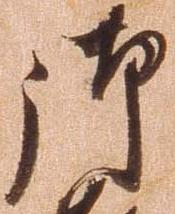
御